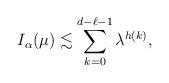
LaTeX: \begin{align*} I_\alpha(\mu) \lesssim \sum_{k=0}^{d-\ell-1} \lambda^{h(k)}, \end{align*}